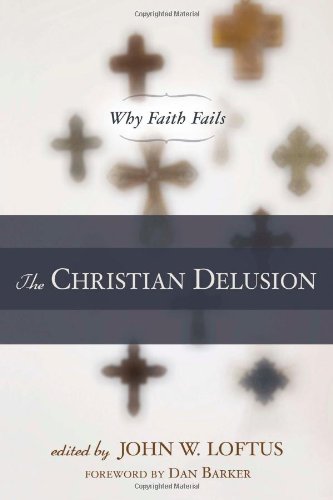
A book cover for The Christian Delusion: Why Faith Fails; Religion & Spirituality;